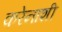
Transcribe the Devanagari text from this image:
करेनाशी